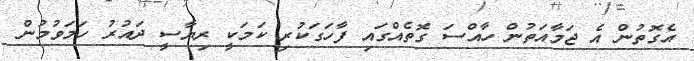
އެގޮތުން އެ ޖަމާއަތުން ހާއްސަ ގޮތެއްގައި ފާހަގަކުރި ކަމަކީ ރިޔާސީ ދައުރު ހަމަވުމުން